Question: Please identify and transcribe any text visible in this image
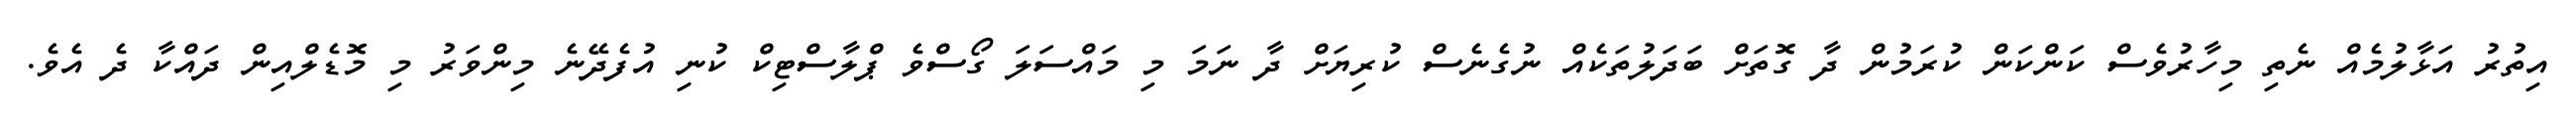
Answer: އިތުރު އަޅާލުމެއް ނެތި މިހާރުވެސް ކަންކަން ކުރަމުން ދާ ގޮތަށް ބަދަލުތަކެއް ނުގެނެސް ކުރިޔަށް ދާ ނަމަ މި މައްސަލަ ގޯސްވެ ޕްލާސްޓިކް ކުނި އުފެދޭނެ މިންވަރު މި މޮޑެލްއިން ދައްކާ ދެ އެވެ.